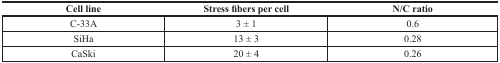
| Cell line | Stress fibers per cell | N/C ratio |
 | --- | --- | --- |
 | C-33A | 3 ± 1 | 0.6 |
 | SiHa | 13 ± 3 | 0.28 |
 | CaSki | 20 ± 4 | 0.26 |